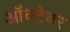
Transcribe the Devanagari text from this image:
आॅक्टेबर